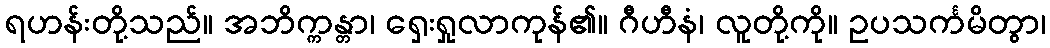
ရဟန်းတို့သည်။ အဘိက္ကန္တာ၊ ရှေးရှုလာကုန်၏။ ဂီဟီနံ၊ လူတို့ကို။ ဥပသင်္ကမိတွာ၊